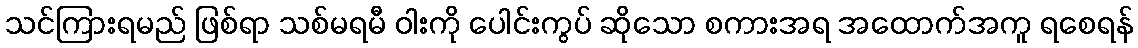
သင်ကြားရမည် ဖြစ်ရာ သစ်မရမီ ဝါးကို ပေါင်းကွပ် ဆိုသော စကားအရ အထောက်အကူ ရစေရန်